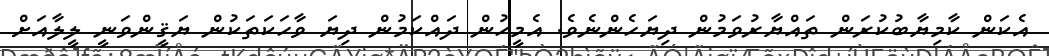
އެކަން ކާމިޔާބުކުރަން ތައްޔާރުވަމުން ދިޔަހެންނެވެ. އެމީހުން ދައްކަމުން ދިޔަ ވާހަކަތަކުން ޔަޤީންވަނީ ލީލާއަށް